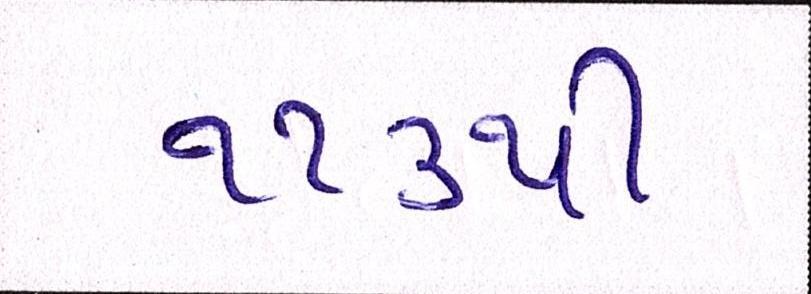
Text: ૧૧૩થી